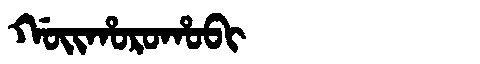
Manchu: ᡤᠣᡳᡥᠣᡵᠣᡥᠣᠪᡳ
Romanization: GOIHOROHOBI